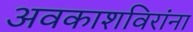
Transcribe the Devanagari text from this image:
अवकाशविरांना